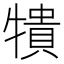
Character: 𰠼